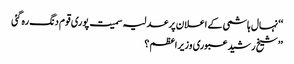
‘‘ نہال ہاشمی کے اعلان پر عدلیہ سمیت پوری قوم دنگ رہ گئی
’’شیخ رشید عبوری وزیراعظم ؟